Trukikaitis_Postimees, lk 9
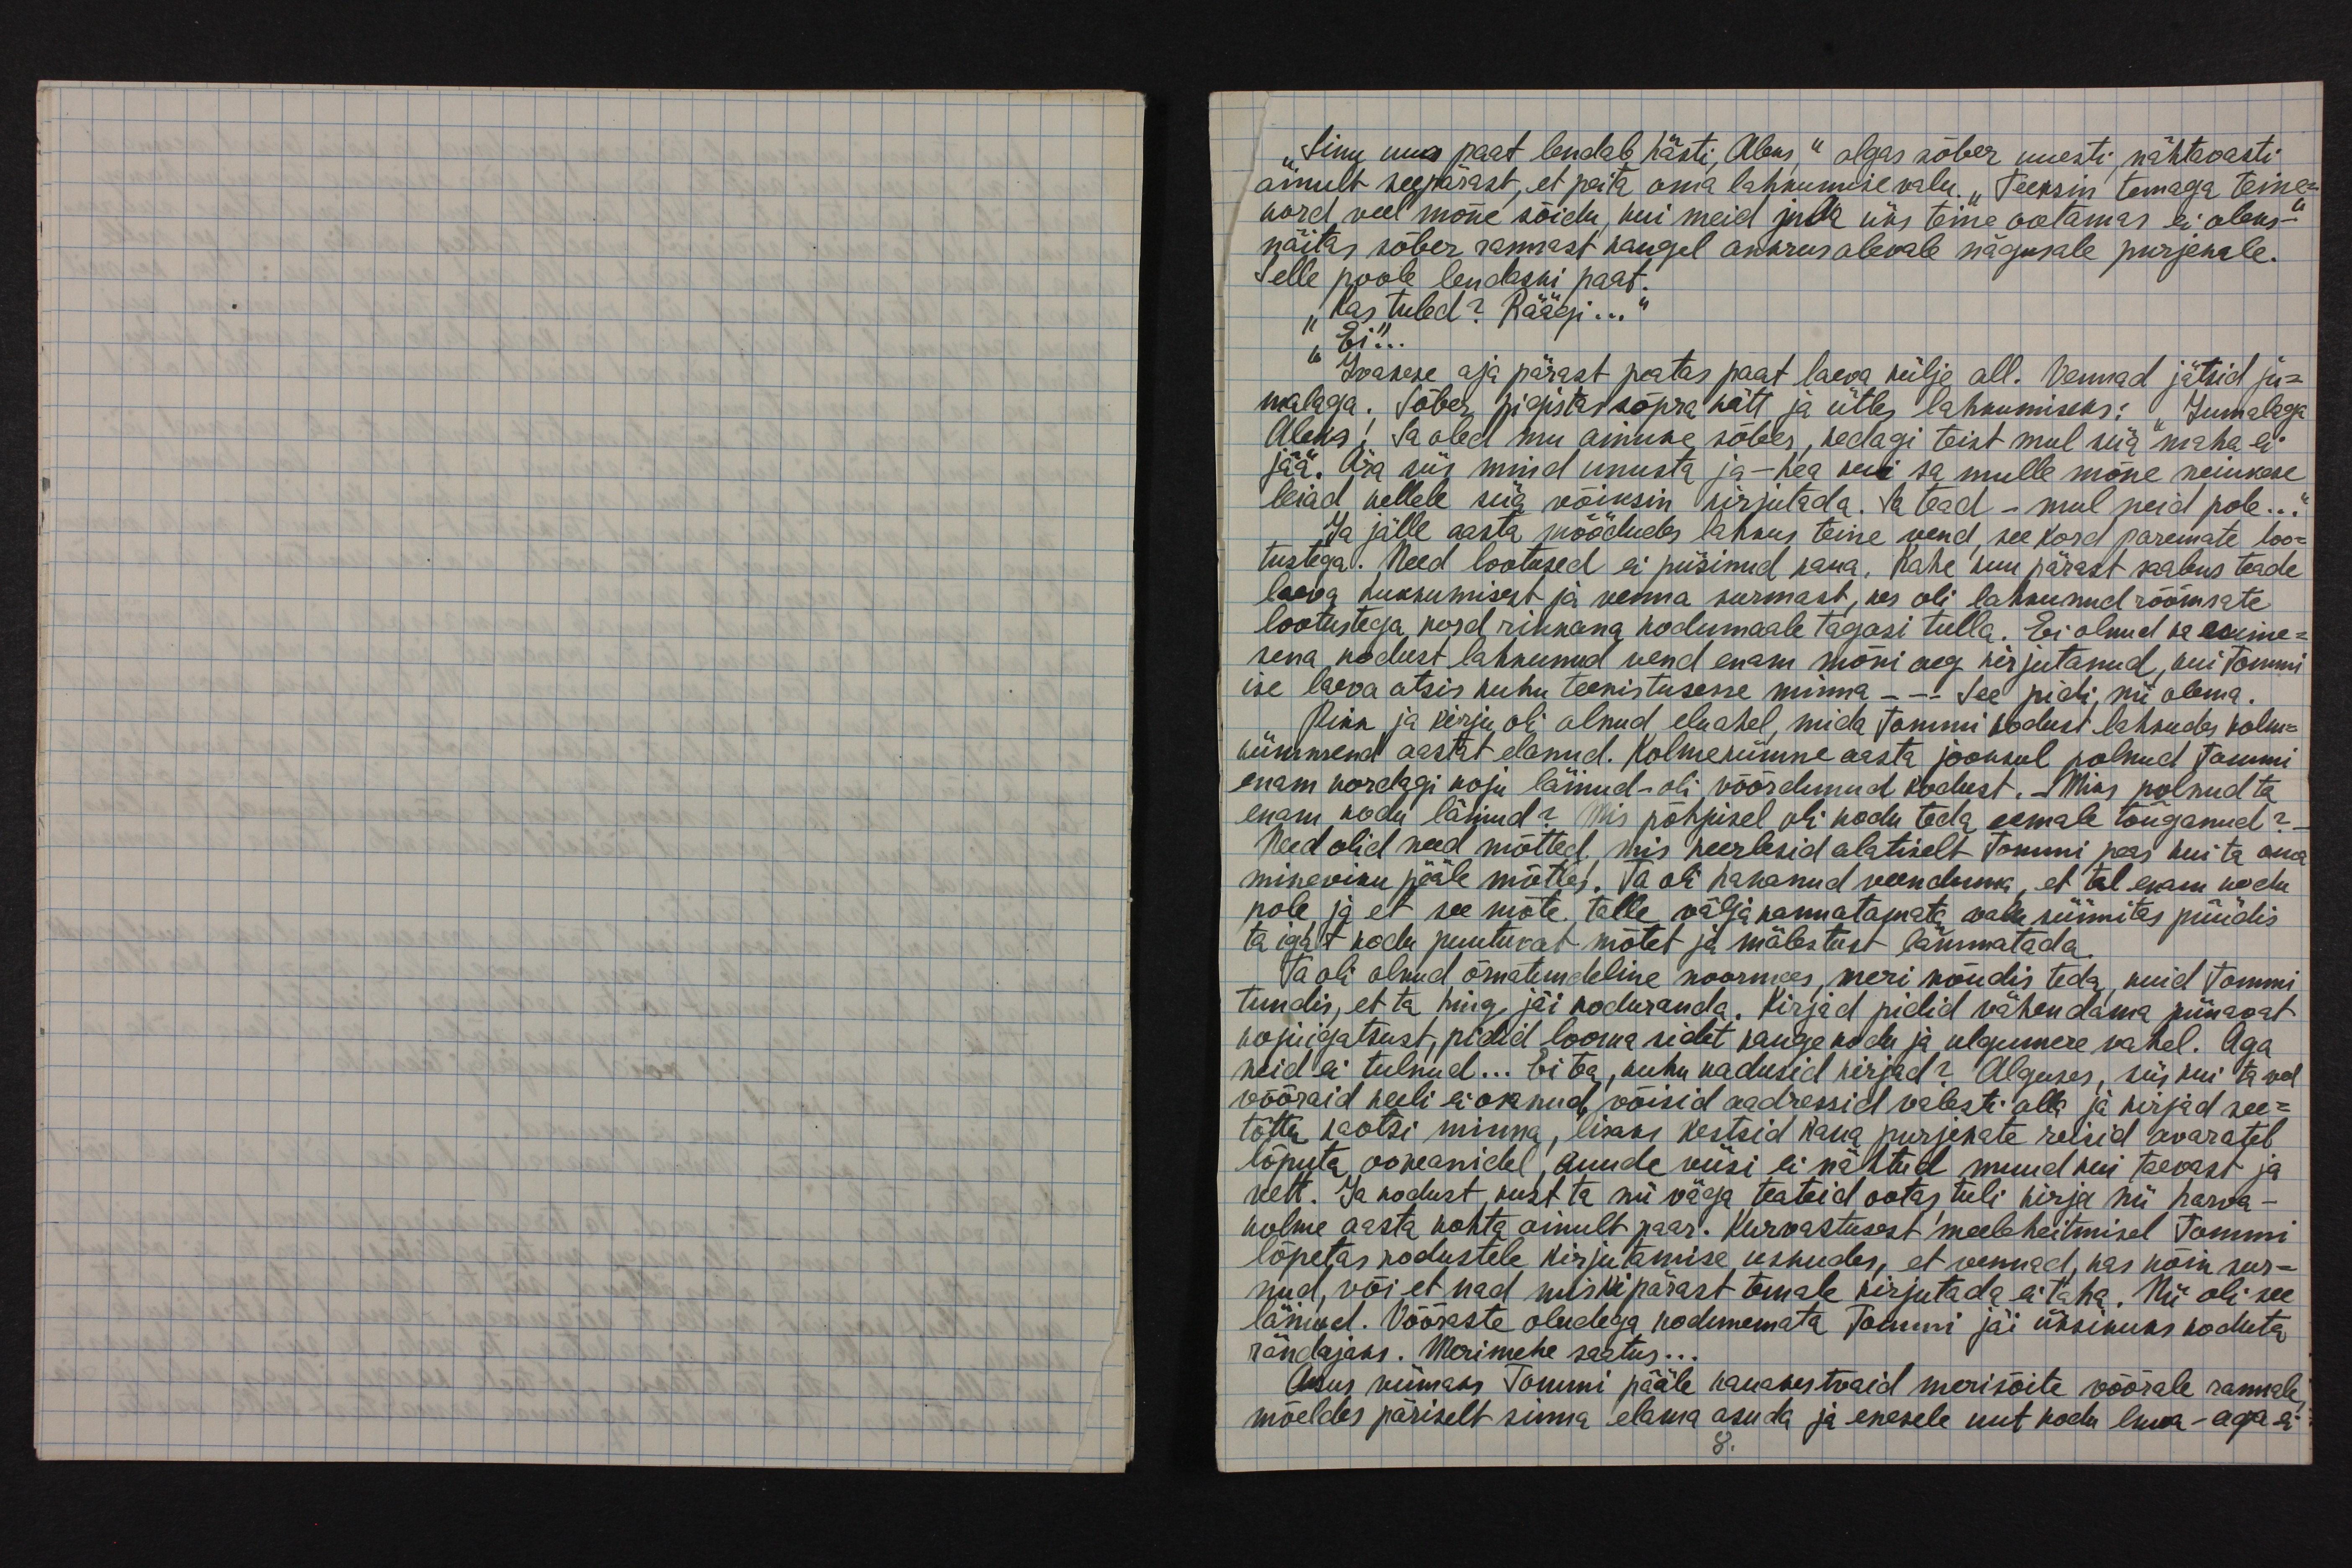
"Sinu uus paat lendab hästi, Aleks," algas sõber uuesti, nähtavasti
ainult seepärast, et peita oma lahkumise valu. "Teeksin temaga teine-
kord veel mõne sõidu, kui meid juba üks teine ootamas ei oleks-"
näitas sõber rannast kaugel ankrus olevale nägusale purjekale.
Selle poole lendaski paat.
"Kas tuled? Räägi..."
"Ei..."
Ivakese aja pärast peatas paat laeva külje all. Vennad jätsid ju-
malaga. Sõber pigistas sõpra kätt ja ütles lahkumiseks: "Jumalaga
Aleks! Sa oled mu ainuke sõber, kedagi teist mul siia maha ei
jää. Ära siis mind unusta ja - hea kui sa mulle mõne neiukese
leiad, kellele siia võiksin kirjutada. Ja tead - mul neid pole..."
Ja jälle aasta möödudes lahkus teine vend, see kord paremate loo-
tustega. Need lootused ei püsinud kaua. Kahe kuu pärast saabus teade
laeva hukkumisest ja venna surmast, kes oli lahkunud rõõmsate
lootustega kord rikkana kodumaale tagasi tulla. Ei olnud ka esime-
sena kodust lahkunud vend enam mõni aeg kirjutanud, kui Tommi
ise laeva otsis kuhu teenistusse minna - - - See pidi nii olema.
Pikk ja kirju oli olnud eluahel, mida Tommi kodust lahkudes kolm-
kümmend aastat elanud. Kolmekümne aasta jooksul polnud Tommi
enam kordagi koju läinud - oli võõrdunud kodust. Miks polnud ta
enam kodu läinud? Mis põhjusel oli kodu teda eemale tõuganud? -
Need olid need mõtted, mis keerlesid alatiselt Tommi peas kui ta oma
mineviku pääle mõtles. Ta oli hakanud veenduma, et tal enam kodu
pole, ja et see mõte talle välja kannatamata valu sünnitas püüdis
ta igat kodu puudutavat mõtet ja mälestust lämmatada.
Ta oli olnud õrnatundeline noormees, meri nõudis teda, kuid Tommi
tundis, et ta hing jäi koduranda. Kirjad pidid vähendama piinavat
kojuigatsust, pildid looma sidet kauge kodu ja ulgumere vahel. Aga
neid ei tulnud... Ei tea, kuhu kadusid kirjad? Alguses, siis kui ta veel
võõraid keeli ei osanud, võisid aadressid valesti olla ja kirjad see-
tõttu kaotsi minna, lisaks kestsid kaua purjekate reisid avaratel
lõputa ookeanidel, kuude viisi ei nähtud muud kui taevast ja
vett. Ja kodust, kust ta nii väga teateid ootas, tuli kirja nii harva -
kolme aasta kohta ainult paar. Kurvastusest meelehetel Tommi
lõpetas kodustele kirjutamise uskudes, et vennad, kas kõik sur-
nud, või et nad miskipärast temale kirjutada ei taha. Nii oli see
läinud. Võõraste oludega kodunemata Tommi jäi üksikuks koduta
rändajaks. Merimehe saatus...
Asus viimaks Tommi pääle kauakestvaid merisõite võõrale rannale,
mõeldes päriselt sinna elama asuda ja enesele uut kodu luua - aga ei